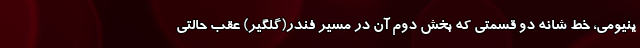
ینیومی، خط شانه دو قسمتی که بخش دوم آن در مسیر فندر(گلگیر) عقب حالتی